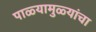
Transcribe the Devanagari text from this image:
पाळ्यामुळ्यांचा